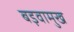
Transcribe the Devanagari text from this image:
बड़वामुख